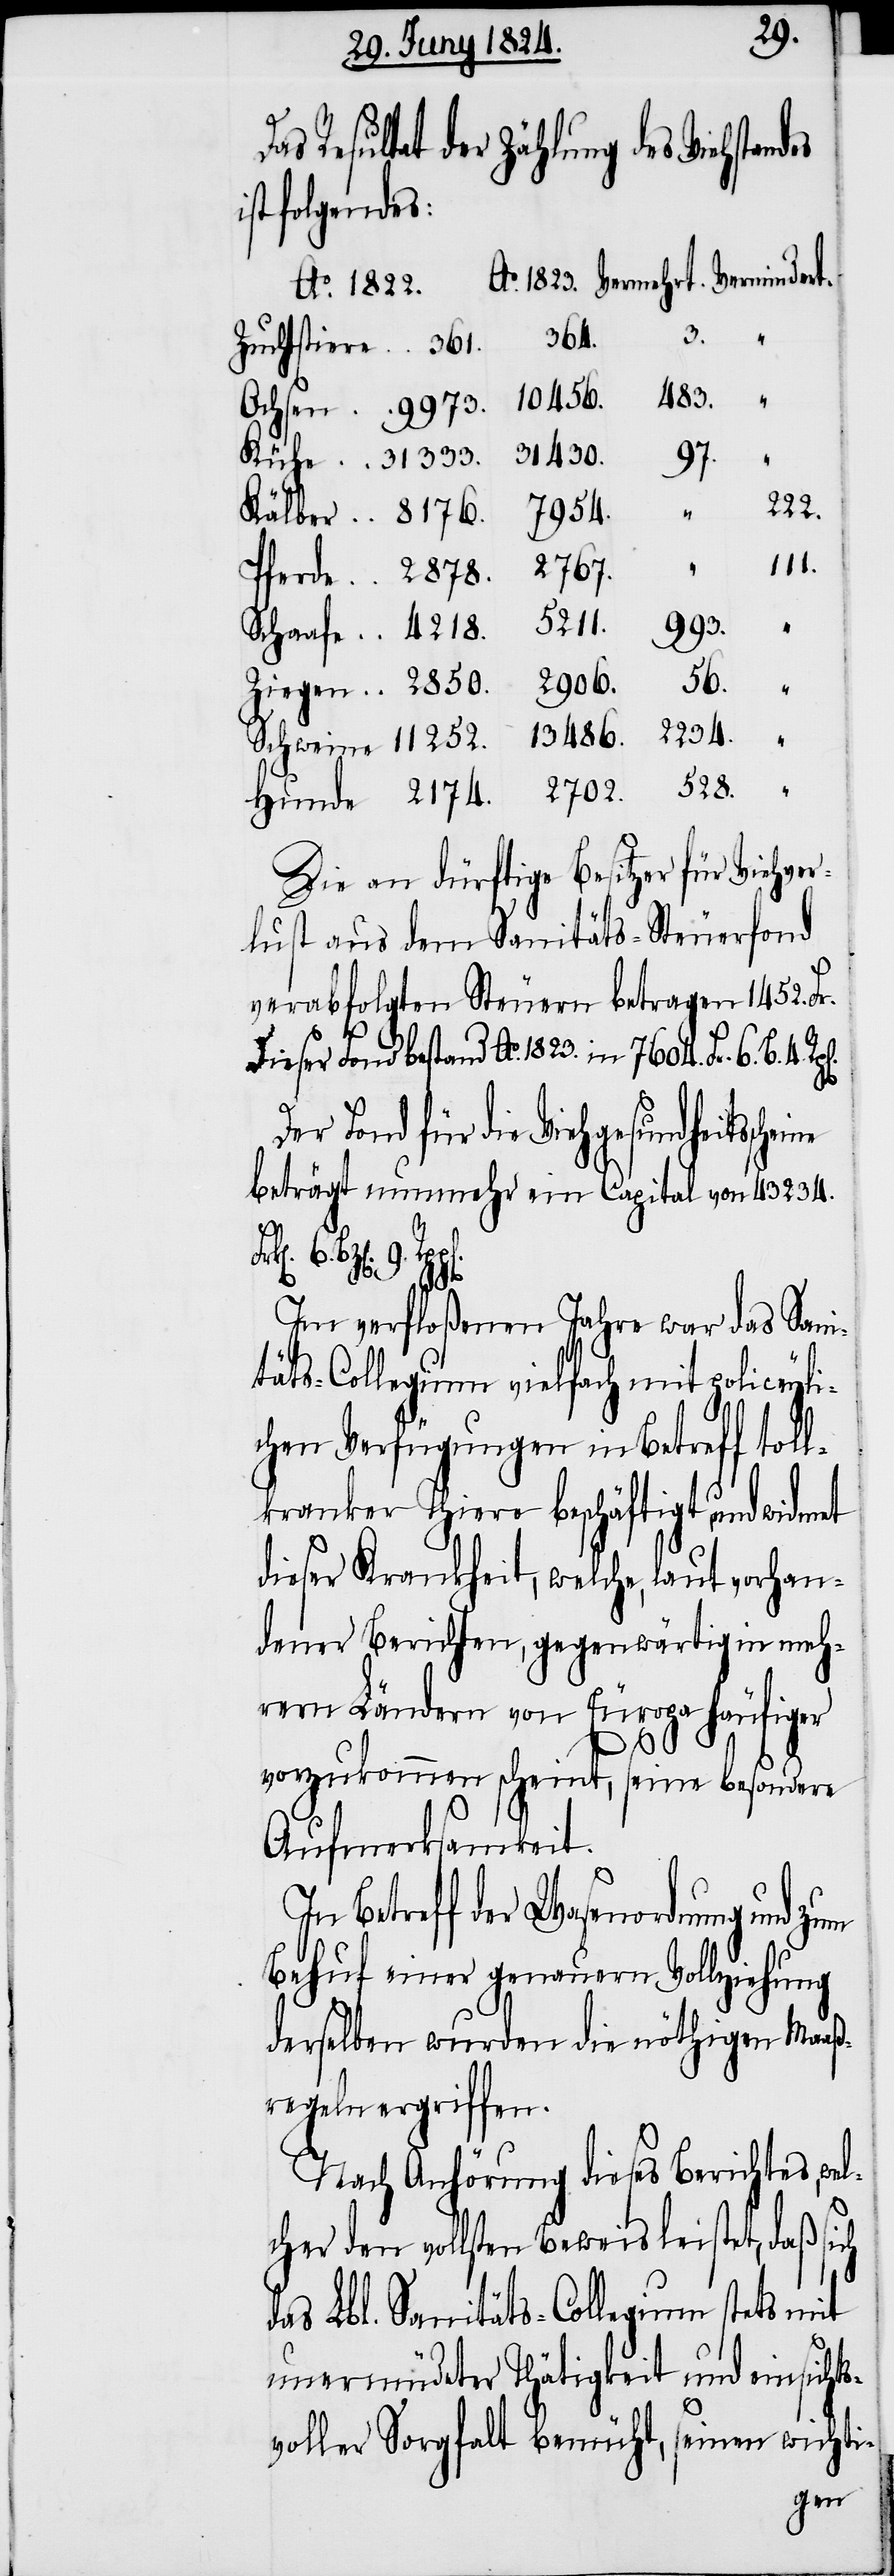
528.
Resultat der Zählung des Viehstand¬
ist folgendes:
2234.
2174.
2702.
Die an dürftige Besitzer für Viehver¬
lust aus dem Sanitäts-Steuerfond
verabfolgten Steuern betragen 1452. Fr.
Dieser Fond bestand Ao. 1823. in 7604. Fr. 6. B. 4.
Der Fond für die Viehgesundheitssche¬
beträgt nunmehr ein Capital von 43234.
31430.
ch
Im verfloßenen Jahre war das Sani¬
täts-Collegium vielfach mit policeyli¬
chen Verfügungen in Betreff toll¬
kranker Thiere beschäftigt, und widmet
dieser Krankheit, welche, laut vorhan¬
dener Berichten, gegenwärtig in meh¬
rern Ländern von Europa häufiger
6.
vorzukommen scheint, seine besondere
Aufmerksamkeit.
In Betreff der Wasenordnung und zum
Behuf einer genauern Vollziehung
derselben wurden die nöthigen Maaß¬
regeln ergriffen.
Nach Anhörung dieses Berichtes, we¬
lcher den vollsten Beweis leistet, daß si¬
das Lbl. Sanitäts-Collegium stets mit
unermüdeter Thätigkeit und einsichts¬
voller Sorgfalt bemüht, seinen wichti-